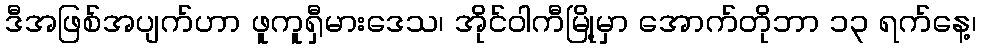
ဒီအဖြစ်အပျက်ဟာ ဖူကူရှီမားဒေသ၊ အိုင်ဝါကီမြို့မှာ အောက်တိုဘာ ၁၃ ရက်နေ့၊